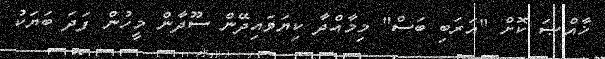
ޚާއްޞަ ކޮށް "އަރަބި ބަސް" މިމާއްދާ ކިޔަވައިދޭން ސޫދާން މީހުން ފަދަ ބަޔަކު